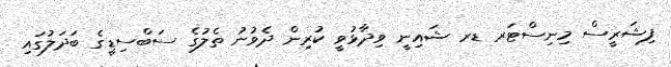
ފިޝަރީސް މިނިސްޓަރ ޑރ ޝައިނީ ވިދާޅުވީ ކުރިން ދެވުނު ތެލުގެ ސަބްސިޑީގެ ބަދަލުގައި